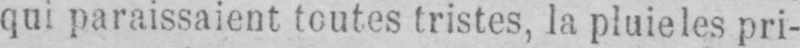
qui paraissaient toutes tristes, la pluie les pri-